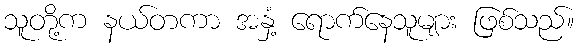
သူတို့က နယ်တကာ အနှံ့ ရောက်နေသူများ ဖြစ်သည်။